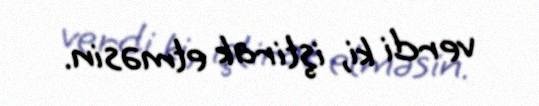
verdi ki, iştirak etməsin.